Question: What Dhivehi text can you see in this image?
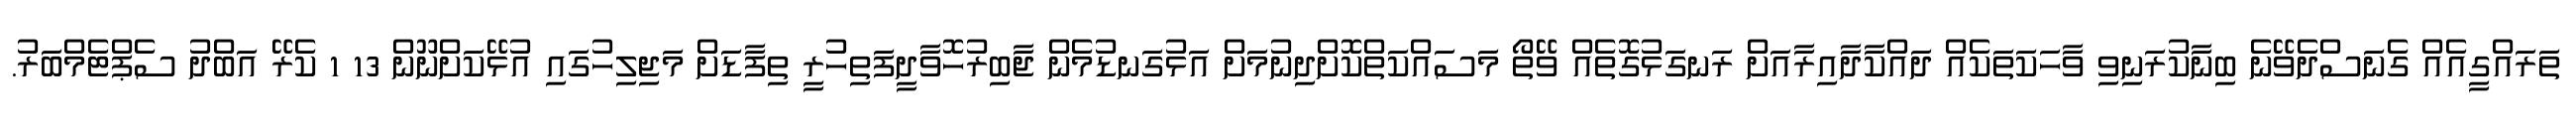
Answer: ތަރައްގީއެއް ގެނަސްދެވޭނެ ބިނާކުރަނިވި ވާހަކަތަކެއް ދައްކާދާއިރާއަށް ރަނގަޅުގޮތެއް ވޭތޯ މަސައްކަތްކޮށްދިނުމަށް އަޅުގަނޑުމެން ޖާބިރުހޮވާދީފަތިހުރީ ތިފާޑަށް މަޖިލިހުގައި އުޅޭކަށްނޫން 13 1 ކެރޭ އަބްދު ސެޕްޓެމްބަރު.